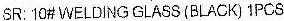
SR: 10# WELDING GLASS (BLACK) 1PCS